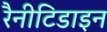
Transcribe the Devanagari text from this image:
रैनीटिडाइन